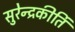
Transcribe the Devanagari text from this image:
सुरेन्द्रकीर्ति